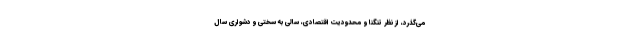
می‌گذرد، از نظر تنگنا و محدودیتِ اقتصادی، سالی به سختی و دشواری سال